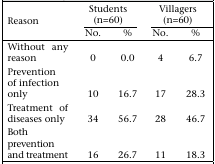
<table><thead><tr><td rowspan="2"><b>Reason</b></td><td colspan="2"><b>Students (n=60)</b></td><td colspan="2"><b>Villagers (n=60)</b></td></tr><tr><td><b>No.</b></td><td><b>%</b></td><td><b>No.</b></td><td><b>%</b></td></tr></thead><tbody><tr><td>Without any reason</td><td>0</td><td>0.0</td><td>4</td><td>6.7</td></tr><tr><td>Prevention of infection only</td><td>10</td><td>16.7</td><td>17</td><td>28.3</td></tr><tr><td>Treatment of diseases only</td><td>34</td><td>56.7</td><td>28</td><td>46.7</td></tr><tr><td>Both prevention and treatment</td><td>16</td><td>26.7</td><td>11</td><td>18.3</td></tr></tbody></table>